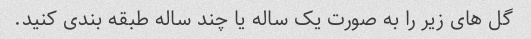
گل های زیر را به صورت یک ساله یا چند ساله طبقه بندی کنید.